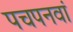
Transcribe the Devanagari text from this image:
पचपनवां